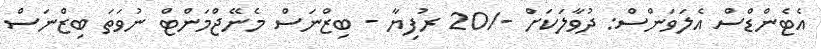
އެޓެންޑްސް އެލަވަންސް: ދުވާލަކަށް -/20 ރުފިޔާ - ބިޒްނަސް މެނޭޖްމަންޓް ނުވަތަ ބިޒްނަސް